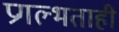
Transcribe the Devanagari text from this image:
प्रगल्भताही